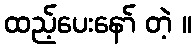
ထည့်ပေးနော် တဲ့ ။